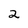
Character: 2